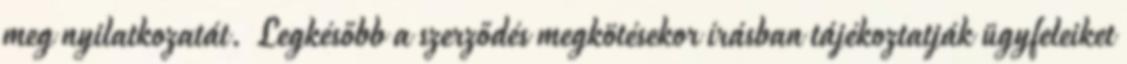
meg nyilatkozatát. Legkésőbb a szerződés megkötésekor írásban tájékoztatják ügyfeleiket